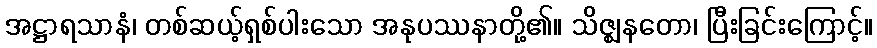
အဋ္ဌာရသာနံ၊ တစ်ဆယ့်ရှစ်ပါးသော အနုပဿနာတို့၏။ သိဇ္ဈနတော၊ ပြီးခြင်းကြောင့်။